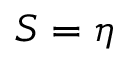
S = \eta